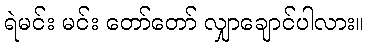
ရဲမင်း မင်း တော်တော် လျှာချောင်ပါလား။